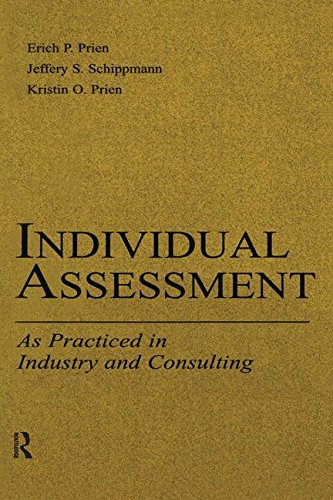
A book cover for Individual Assessment: As Practiced in Industry and Consulting (Applied Psychology Series); Kristin O. Prien; Medical Books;